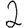
Digit: 2